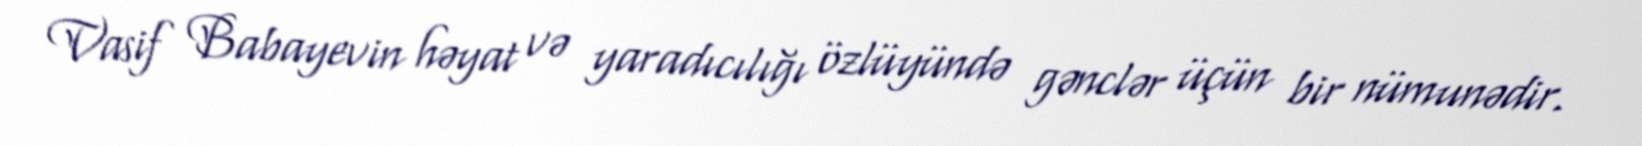
Vasif Babayevin həyat və yaradıcılığı özlüyündə gənclər üçün bir nümunədir.